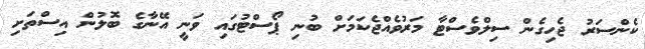
ކެންސަރު ޖެހިގެން ސިލްވެސްޓާ މަރުވެއްޖެކަމަށް ބުނި ޕޯސްޓުގައި ވަނީ އޭނާގެ ބޮލުން އިސްތަށި